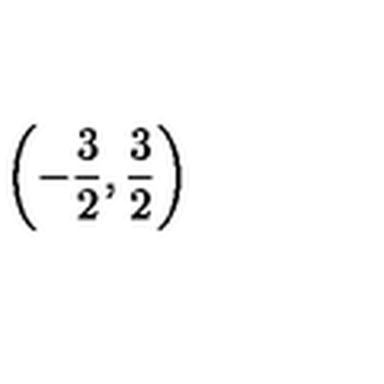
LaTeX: \left( - \frac { 3 } { 2 } , \frac { 3 } { 2 } \right) \protect